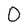
Character: 0